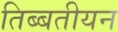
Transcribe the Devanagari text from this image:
तिब्‍बतीयन